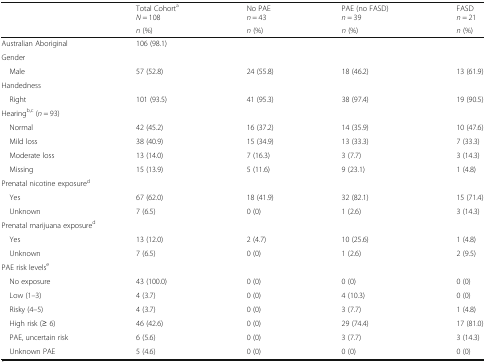
|  | Total CohortaN = 108 | No PAEn = 43 | PAE (no FASD)n = 39 | FASDn = 21 |
 |  | n (%) | n (%) | n (%) | n (%) |
 | --- | --- | --- | --- | --- |
 | Australian Aboriginal | 106 (98.1) |  |  |  |
 | <COLSPAN=5> Gender |
 | Male | 57 (52.8) | 24 (55.8) | 18 (46.2) | 13 (61.9) |
 | <COLSPAN=5> Handedness |
 | Right | 101 (93.5) | 41 (95.3) | 38 (97.4) | 19 (90.5) |
 | <COLSPAN=5> Hearingb,c (n = 93) |
 | Normal | 42 (45.2) | 16 (37.2) | 14 (35.9) | 10 (47.6) |
 | Mild loss | 38 (40.9) | 15 (34.9) | 13 (33.3) | 7 (33.3) |
 | Moderate loss | 13 (14.0) | 7 (16.3) | 3 (7.7) | 3 (14.3) |
 | Missing | 15 (13.9) | 5 (11.6) | 9 (23.1) | 1 (4.8) |
 | <COLSPAN=5> Prenatal nicotine exposured |
 | Yes | 67 (62.0) | 18 (41.9) | 32 (82.1) | 15 (71.4) |
 | Unknown | 7 (6.5) | 0 (0) | 1 (2.6) | 3 (14.3) |
 | <COLSPAN=5> Prenatal marijuana exposured |
 | Yes | 13 (12.0) | 2 (4.7) | 10 (25.6) | 1 (4.8) |
 | Unknown | 7 (6.5) | 0 (0) | 1 (2.6) | 2 (9.5) |
 | <COLSPAN=5> PAE risk levelse |
 | No exposure | 43 (100.0) | 0 (0) | 0 (0) | 0 (0) |
 | Low (1–3) | 4 (3.7) | 0 (0) | 4 (10.3) | 0 (0) |
 | Risky (4–5) | 4 (3.7) | 0 (0) | 3 (7.7) | 1 (4.8) |
 | High risk (≥ 6) | 46 (42.6) | 0 (0) | 29 (74.4) | 17 (81.0) |
 | PAE, uncertain risk | 6 (5.6) | 0 (0) | 3 (7.7) | 3 (14.3) |
 | Unknown PAE | 5 (4.6) | 0 (0) | 0 (0) | 0 (0) |